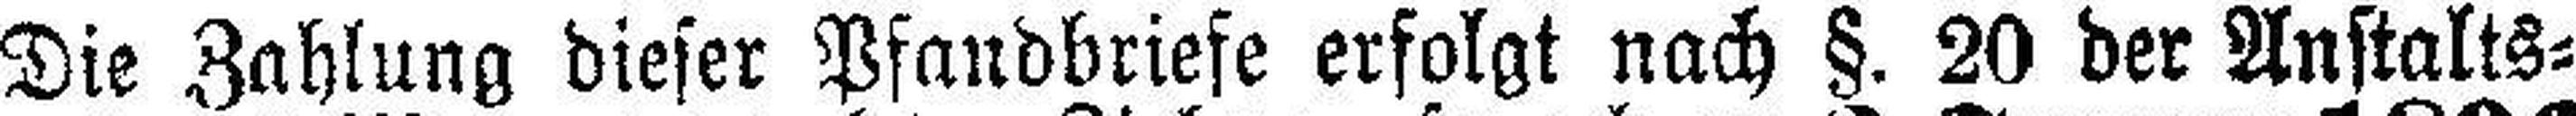
Die Zahlung dieser Pfandbriefe erfolgt nach §. 20 der Anstalts¬